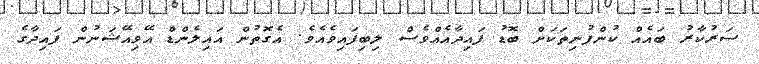
ސަރުކާރު ބައެއް ކުންފުނިތަކަށް ބޮޑު ފައިދާއެއްވެސް ލިބިފައިވެއެވެ. އެގޮތުން އައިލެންޑް އޭވިއޭޝަނުން ފައިދާގެ